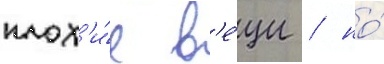
плох'и́е в'е́щи / но́